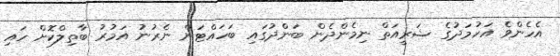
އެހެންވެ އަހުމަދުގެ ޝަރީއަތް ނިމެންދެން ބަންދުގައި ބަހައްޓަން ނެރުނު އަމުރު ބާތިލްކޮށް ހައި